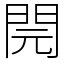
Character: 䦎